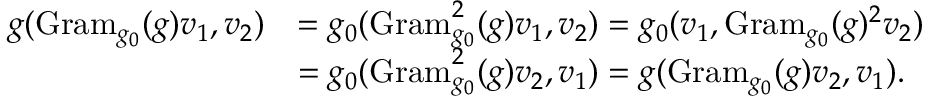
\begin{array} { r l } { g ( \mathrm { G r a m } _ { g _ { 0 } } ( g ) v _ { 1 } , v _ { 2 } ) } & { = g _ { 0 } ( \mathrm { G r a m } _ { g _ { 0 } } ^ { 2 } ( g ) v _ { 1 } , v _ { 2 } ) = g _ { 0 } ( v _ { 1 } , \mathrm { G r a m } _ { g _ { 0 } } ( g ) ^ { 2 } v _ { 2 } ) } \\ & { = g _ { 0 } ( \mathrm { G r a m } _ { g _ { 0 } } ^ { 2 } ( g ) v _ { 2 } , v _ { 1 } ) = g ( \mathrm { G r a m } _ { g _ { 0 } } ( g ) v _ { 2 } , v _ { 1 } ) . } \end{array}